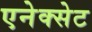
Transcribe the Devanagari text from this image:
एनेक्सेट